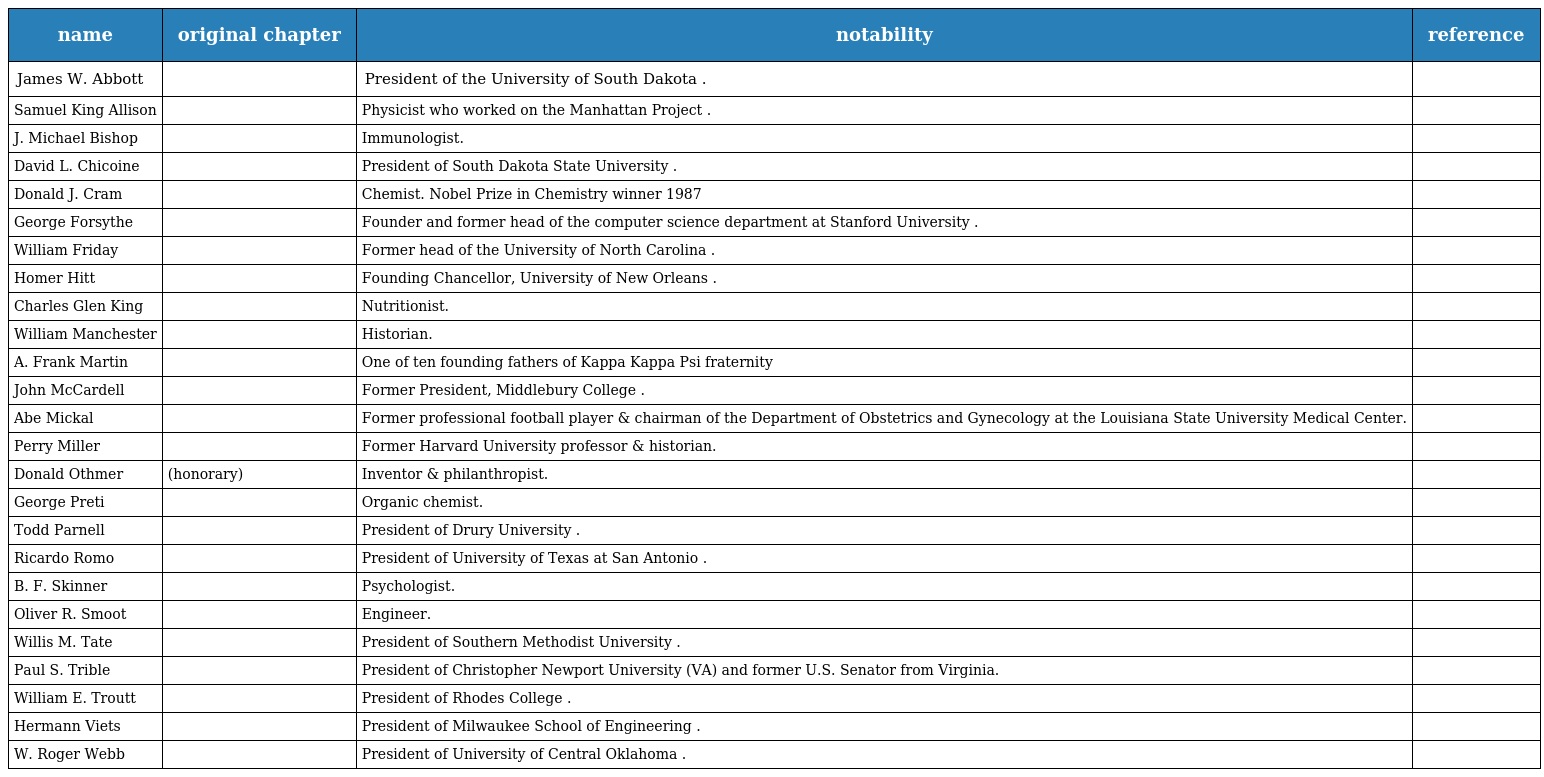
| name | original chapter | notability | reference |
 | --- | --- | --- | --- |
 | James W. Abbott |  | President of the University of South Dakota . |  |
 | Samuel King Allison |  | Physicist who worked on the Manhattan Project . |  |
 | J. Michael Bishop |  | Immunologist. |  |
 | David L. Chicoine |  | President of South Dakota State University . |  |
 | Donald J. Cram |  | Chemist. Nobel Prize in Chemistry winner 1987 |  |
 | George Forsythe |  | Founder and former head of the computer science department at Stanford University . |  |
 | William Friday |  | Former head of the University of North Carolina . |  |
 | Homer Hitt |  | Founding Chancellor, University of New Orleans . |  |
 | Charles Glen King |  | Nutritionist. |  |
 | William Manchester |  | Historian. |  |
 | A. Frank Martin |  | One of ten founding fathers of Kappa Kappa Psi fraternity |  |
 | John McCardell |  | Former President, Middlebury College . |  |
 | Abe Mickal |  | Former professional football player & chairman of the Department of Obstetrics and Gynecology at the Louisiana State University Medical Center. |  |
 | Perry Miller |  | Former Harvard University professor & historian. |  |
 | Donald Othmer | (honorary) | Inventor & philanthropist. |  |
 | George Preti |  | Organic chemist. |  |
 | Todd Parnell |  | President of Drury University . |  |
 | Ricardo Romo |  | President of University of Texas at San Antonio . |  |
 | B. F. Skinner |  | Psychologist. |  |
 | Oliver R. Smoot |  | Engineer. |  |
 | Willis M. Tate |  | President of Southern Methodist University . |  |
 | Paul S. Trible |  | President of Christopher Newport University (VA) and former U.S. Senator from Virginia. |  |
 | William E. Troutt |  | President of Rhodes College . |  |
 | Hermann Viets |  | President of Milwaukee School of Engineering . |  |
 | W. Roger Webb |  | President of University of Central Oklahoma . |  |